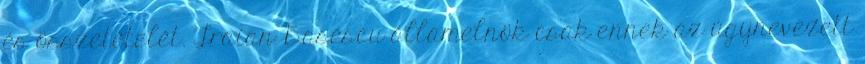
és összetételét. Traian Basescu államelnök csak ennek az úgynevezett